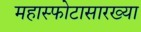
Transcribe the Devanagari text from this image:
महास्फोटासारख्या